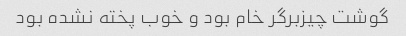
گوشت چیزبرگر خام بود و خوب پخته نشده بود